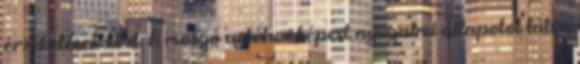
érzékelések közt. A mozgó autóhoz képest nyugalmi állapotot látsz,